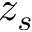
z _ { s }